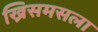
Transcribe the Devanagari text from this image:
ख्रिसमसला